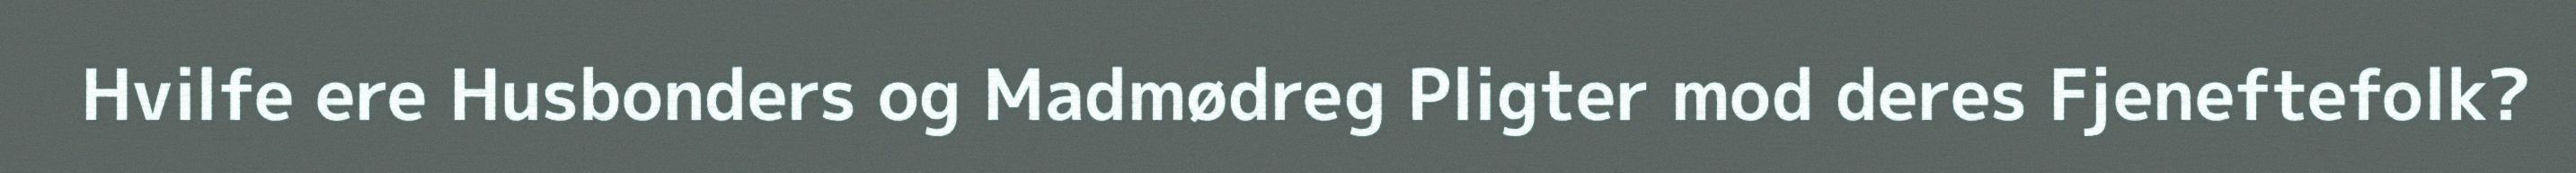
Hvilfe ere Husbonders og Madmødreg Pligter mod deres Fjeneftefolk?